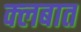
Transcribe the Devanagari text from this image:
क्‍लबात